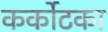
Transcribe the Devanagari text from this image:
कर्कोटका